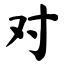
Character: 对